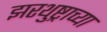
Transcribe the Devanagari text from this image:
झरथुष्ट्राच्या